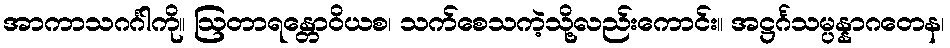
အာကာသဂင်္ဂါကို။ ဩတာရန္တောဝိယစ၊ သက်စေသကဲ့သို့လည်းကောင်း။ အဋ္ဌင်္ဂသမ္ပန္နာဂတေန၊